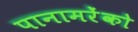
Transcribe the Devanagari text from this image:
पानामरेंको